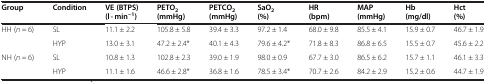
<table><thead><tr><td><b>Group</b></td><td><b>Condition</b></td><td><b>VE (BTPS) (l · min<sup>-1</sup>)</b></td><td><b>PETO<sub>2 </sub>(mmHg)</b></td><td><b>PETCO<sub>2 </sub>(mmHg)</b></td><td><b>SaO<sub>2 </sub>(%)</b></td><td><b>HR (bpm)</b></td><td><b>MAP (mmHg)</b></td><td><b>Hb (mg/dl)</b></td><td><b>Hct (%)</b></td></tr></thead><tbody><tr><td rowspan="2">HH (<i>n</i> = 6)</td><td>SL</td><td>11.1 ± 2.2</td><td>105.8 ± 5.8</td><td>39.4 ± 3.3</td><td>97.2 ± 1.4</td><td>68.0 ± 9.8</td><td>85.5 ± 4.1</td><td>15.9 ± 0.7</td><td>46.7 ± 1.9</td></tr><tr><td>HYP</td><td>13.0 ± 3.1</td><td>47.2 ± 2.4*</td><td>40.1 ± 4.3</td><td>79.6 ± 4.2*</td><td>71.8 ± 8.3</td><td>86.8 ± 6.5</td><td>15.5 ± 0.7</td><td>45.6 ± 2.2</td></tr><tr><td rowspan="2">NH (<i>n</i> = 6)</td><td>SL</td><td>10.8 ± 1.3</td><td>102.8 ± 2.3</td><td>39.0 ± 1.9</td><td>98.0 ± 0.9</td><td>67.7 ± 3.0</td><td>86.5 ± 6.2</td><td>15.7 ± 1.1</td><td>46.1 ± 3.3</td></tr><tr><td>HYP</td><td>11.1 ± 1.6</td><td>46.6 ± 2.8*</td><td>36.8 ± 1.6</td><td>78.5 ± 3.4*</td><td>70.7 ± 2.6</td><td>84.2 ± 2.9</td><td>15.2 ± 0.6</td><td>44.7 ± 1.9</td></tr></tbody></table>